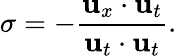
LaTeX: \sigma=-\frac{\textbf{u}_{x}\cdot\textbf{u}_{t}}{\textbf{u}_{t}\cdot\textbf{u}_{t}}.